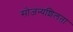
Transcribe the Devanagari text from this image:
सोजन्यशिलता